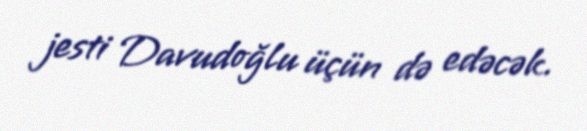
jesti Davudoğlu üçün də edəcək.